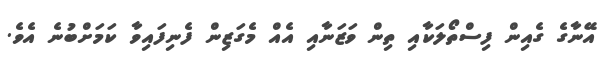
އޭނާގެ ގެއިން ފިސްތޯލަކާއި ތިން ވަޒަނާއި އެއް މެގަޒިން ފެނިފައިވާ ކަމަށްބުނެ އެވެ.